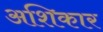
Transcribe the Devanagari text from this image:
अशिकार